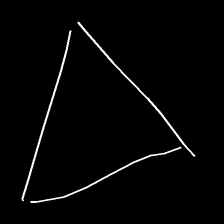
Glyph: convergence